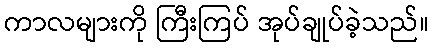
ကာလများကို ကြီးကြပ် အုပ်ချုပ်ခဲ့သည်။